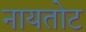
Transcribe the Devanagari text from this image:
नायतोट